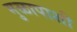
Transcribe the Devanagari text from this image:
मुळापाशी